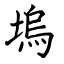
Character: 塢